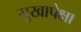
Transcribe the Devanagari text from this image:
सुखापेक्षा